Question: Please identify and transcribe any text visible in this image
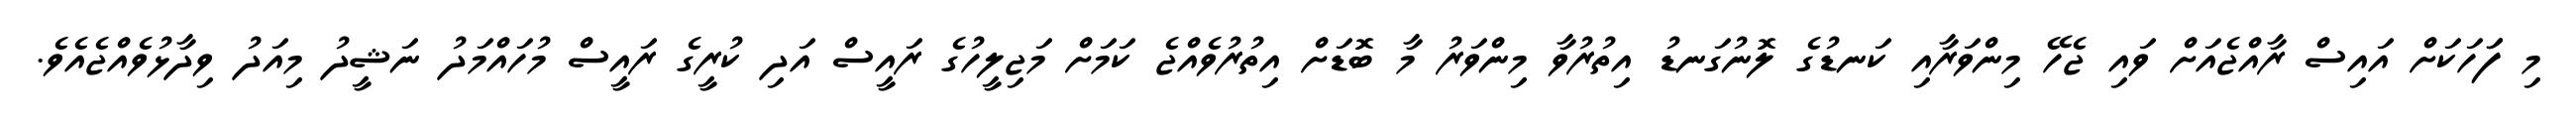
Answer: މި ފަަހަކަށް އައިސް ރާއްޖެއަށް ވައި ޖެހޭ މިންވަރާއި ކަނޑުގެ ލޮނުގަނޑު އިތުރުވާ މިންވަރު މާ ބޮޑަށް އިތުރުވެއްޖެ ކަމަށް މަޖިލީހުގެ ރައީސް އަދި ކުރީގެ ރައީސް މުހައްމަދު ނަޝީދު މިއަދު ވިދާޅުވެއްޖެއެވެ.